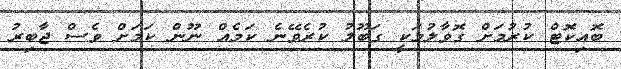
ބޮއިކޮޓް ކުރުމަށް ގޮވާލުމަކީ ގަބޫލު ކުރެވޭނެ ކަމެއް ނޫން ކަމަށް ވެސް ޖާބިރު